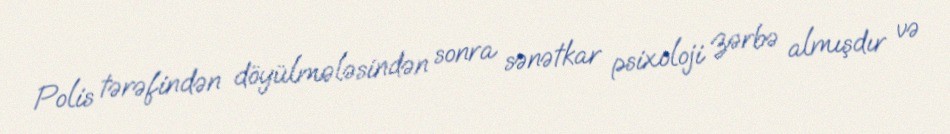
Polis tərəfindən döyülmələsindən sonra sənətkar psixoloji zərbə almışdır və